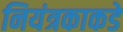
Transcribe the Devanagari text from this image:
नियंत्रकाकडे